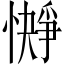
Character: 𪬭